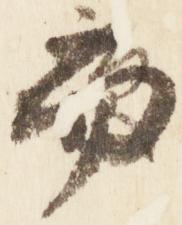
而